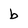
Character: b